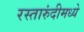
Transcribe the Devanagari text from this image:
रस्तारुंदीमध्ये